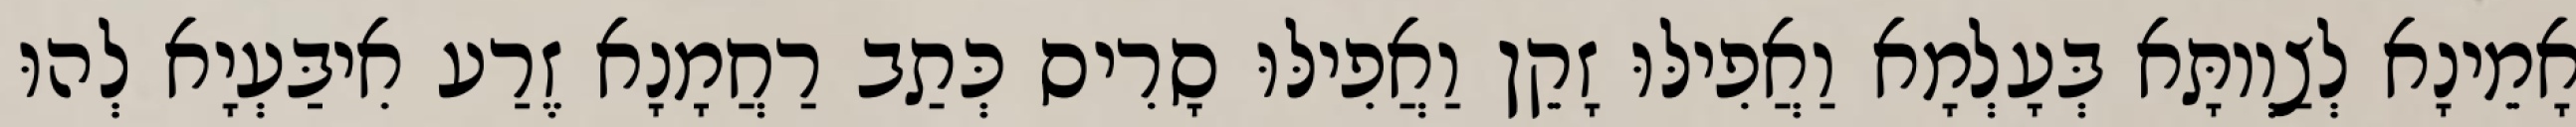
אָמֵינָא לְצַוְותָּא בְּעָלְמָא וַאֲפִילּוּ זָקֵן וַאֲפִילּוּ סָרִיס כְּתַב רַחֲמָנָא זֶרַע אִיבַּעְיָא לְהוּ